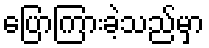
ပြောကြားခဲ့သည်မှာ